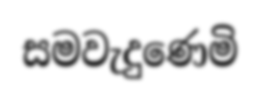
සමවැදුණෙමි